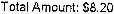
TOTAL AMOUNT: $8.20